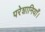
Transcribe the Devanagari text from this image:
परेशानियाँ।